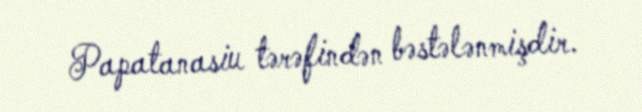
Papatanasiu tərəfindən bəstələnmişdir.